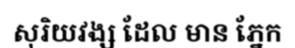
សុរិយវង្ស ដែល មាន ភ្នែក